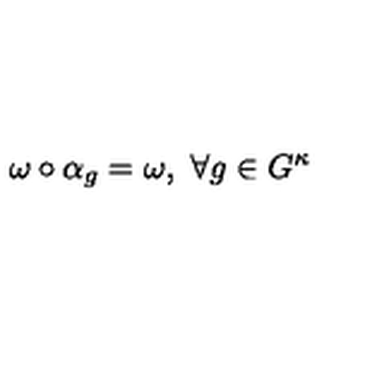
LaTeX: \omega \circ \alpha _ { g } = \omega , \ \forall g \in G ^ { \kappa }